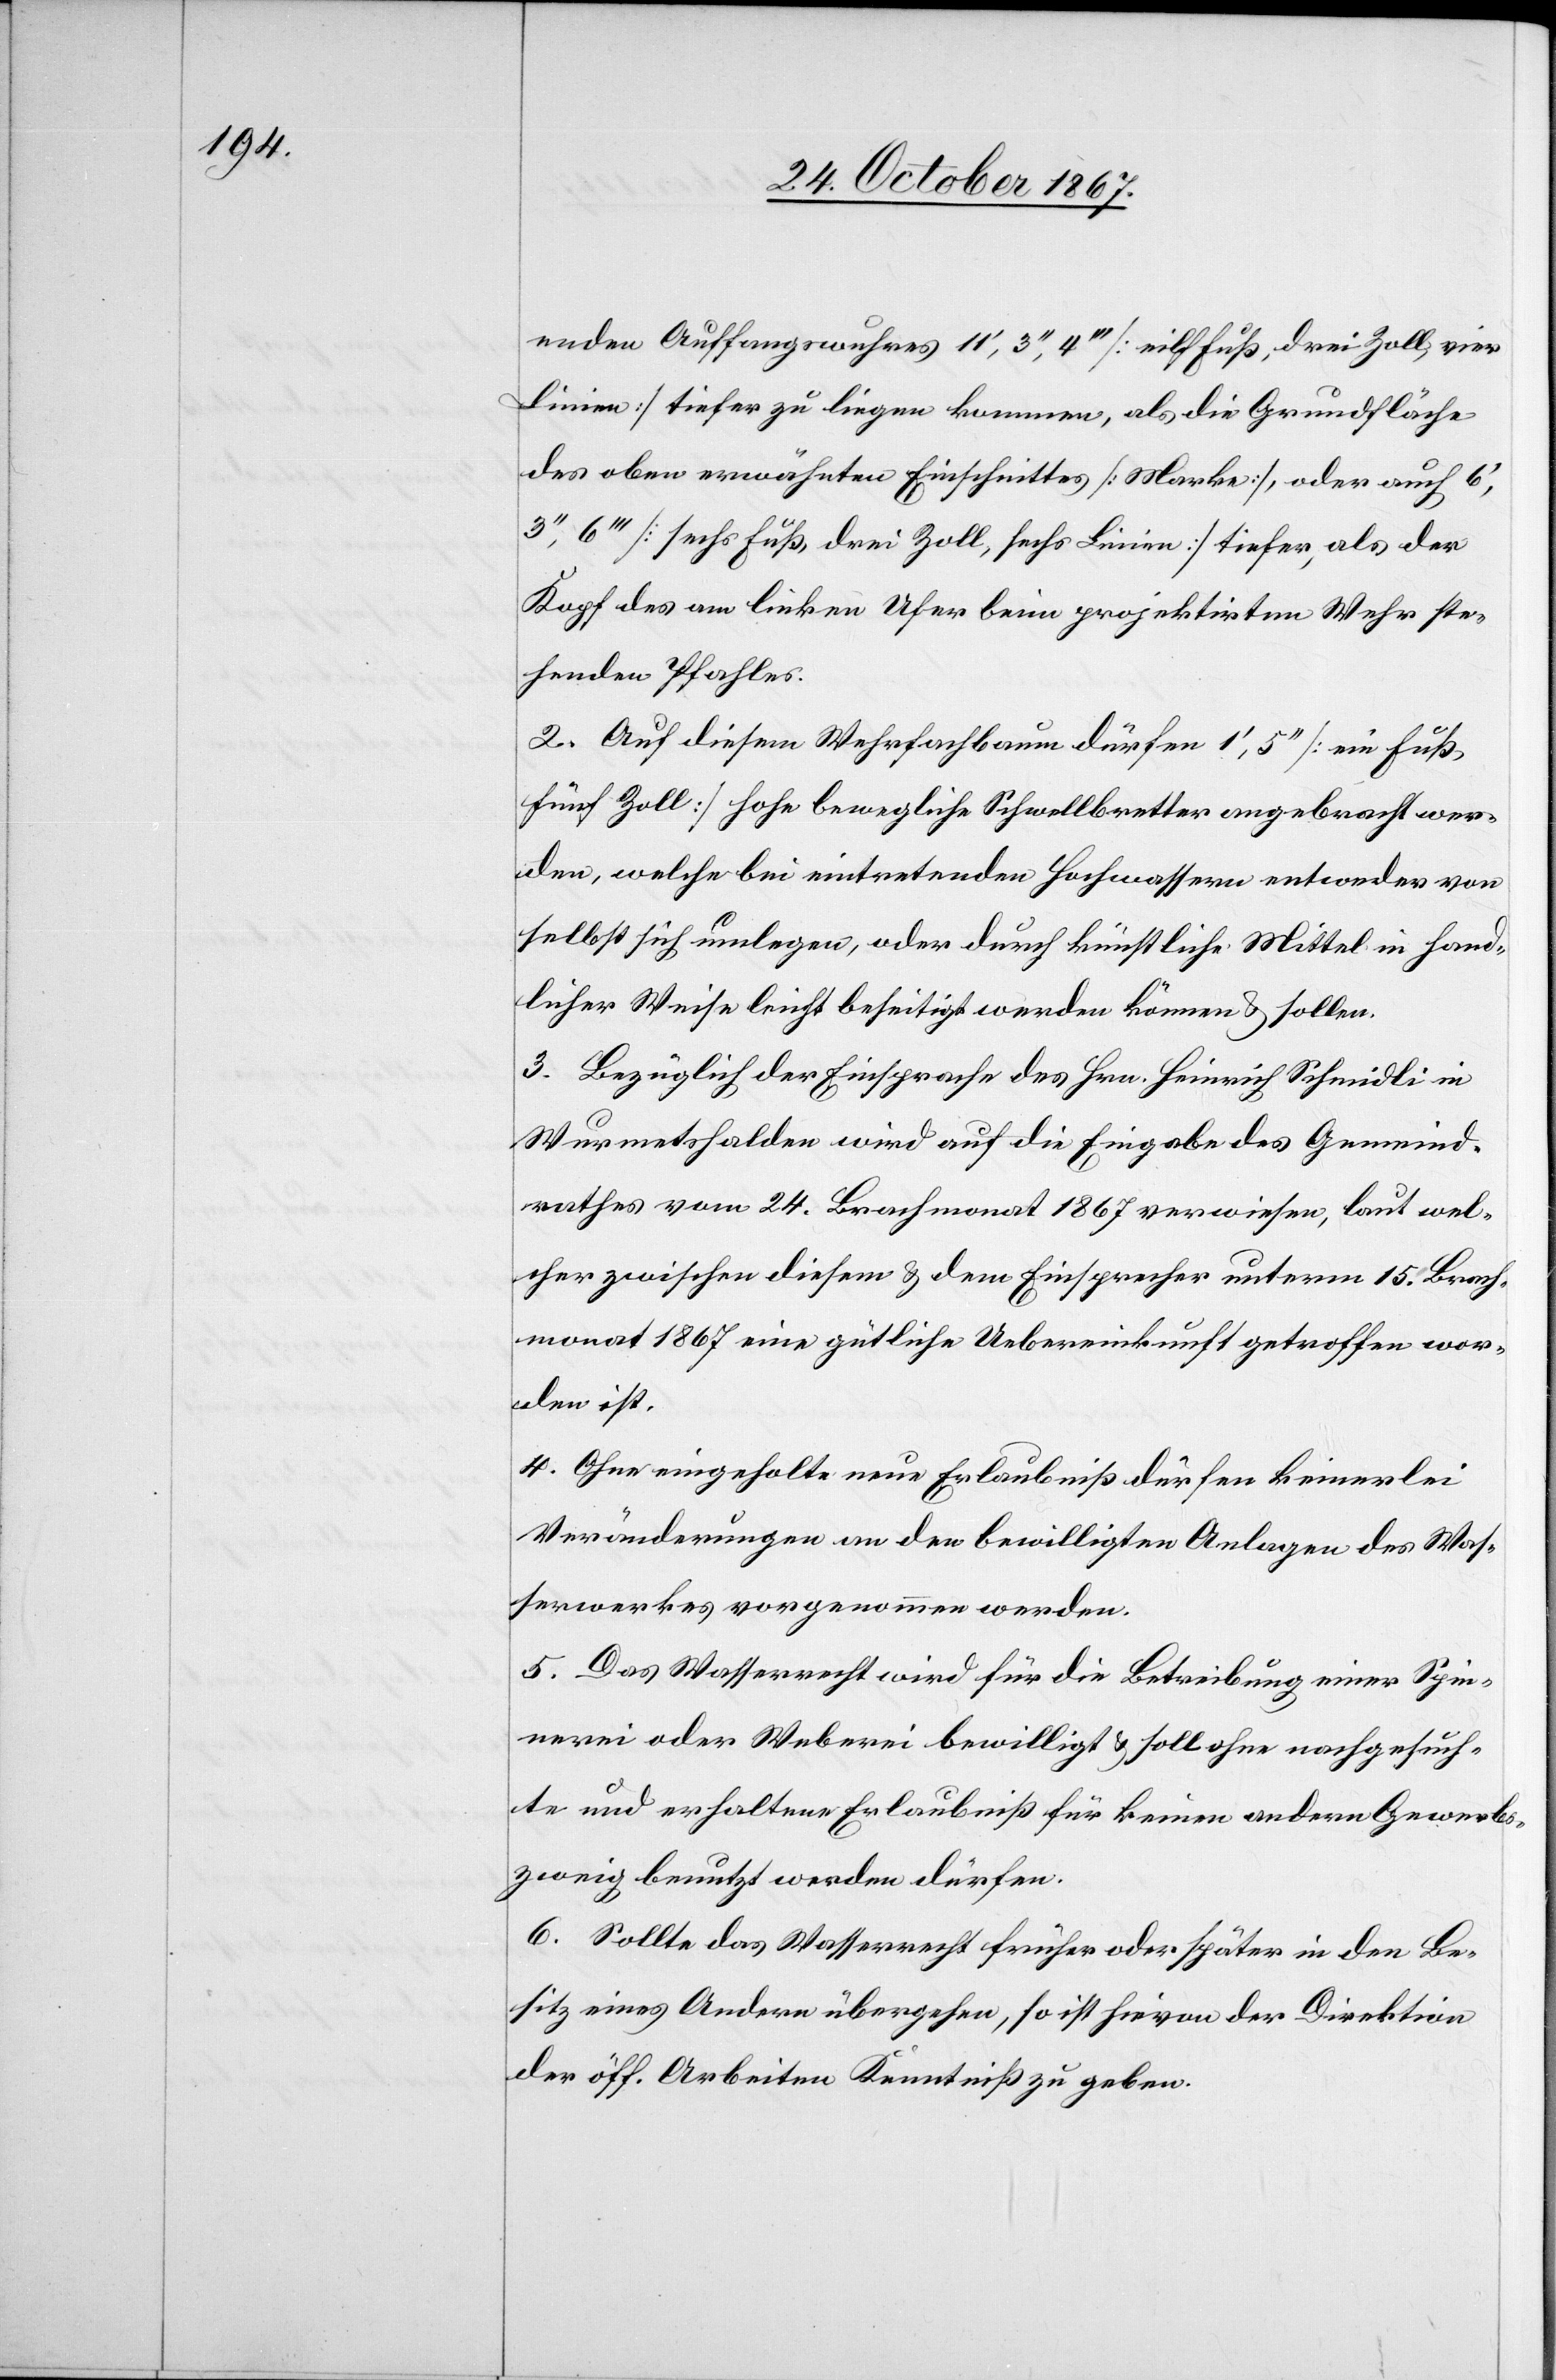
enden Auffangswurhes 11‘ 3‘‘ 4‘‘‘ [eilf Fuß [sic!], drei Zoll, vier
Linien] tiefer zu liegen kommen, als die Grundfläche
des oben erwähnten Einschnittes [Marke], oder auch 6‘,
3‘‘, 6‘‘‘ [sechs Fuß, drei Zoll, sechs Linien] tiefer, als der
Kopf des am linken Ufer beim projektirten Wehr ste¬
henden Pfahles.
2. Auf diesem Wehrfachbaum dürfen 1‘, 5‘‘ [ein Fuß,
fünf Zoll] hohe bewegliche Schwellbretter angebracht wer¬
den, welche bei eintretenden Hochwassern entweder von
selbst sich umlegen, oder durch künstliche Mittel in hand¬
licher Weise leicht beseitigt werden können u. sollen.
3. Bezüglich der Einsprache des Hrn. Heinrich Schmid in
Wurmetshausen wird auf die Eingabe des Gemeind¬
rathes vom 24. Brachmonat 1867 verwiesen, laut wel¬
cher zwischen diesem u. dem Einsprecher unterm 15. Brach¬
monat 1867 eine gütliche Uebereinkunft getroffen wor¬
den ist.
4. Ohne eingeholte neue Erlaubniß dürfen keinerlei
Veränderungen an den bewilligten Anlagen des Was¬
serwerkes vorgenommen werden.
5. Das Wasserrecht wird für die Betreibung einer Spin¬
nerei oder Weberei bewilligt u. soll ohne nachgesuch¬
te und erhaltene Erlaubniß für keinen andern Gewerbs¬
zweig benutzt werden dürfen.
6. Sollte das Wasserrecht früher oder später in den Be¬
sitz eines Andern übergehen, so ist hievon der Direktion
der öff. Arbeiten Kenntniß zu geben.